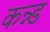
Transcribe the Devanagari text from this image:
कन्न्ड